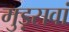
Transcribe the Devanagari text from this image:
मुड़सवां